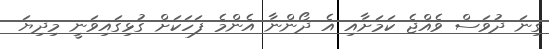
ގިނަ ދުވަސް ވެއްޖެ ކަމަށާއި އެ ދޯންނާ އެންމެ ފަހަކަށް ގުޅިގައިވަނީ މިދިޔަ